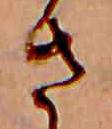
さ